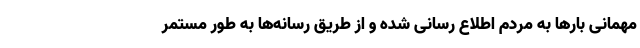
مهمانی بارها به مردم اطلاع رسانی شده و از طریق رسانه‌ها به طور مستمر